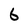
Character: 6